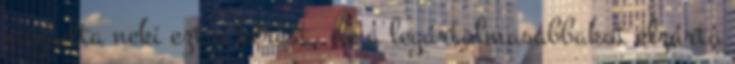
megadta neki ezt a kérést, de a legártalmasabbakat elzárta